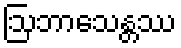
ဩဘာသေန္တဿ